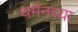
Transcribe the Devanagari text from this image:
थर्मनच्या